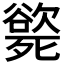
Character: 𣩭